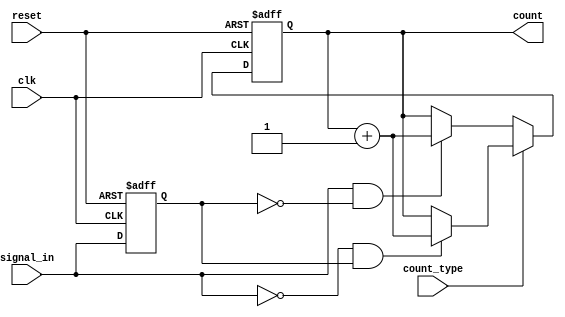
module edge_counter (
    input wire clk,                // Clock signal
    input wire reset,              // Active-high reset signal
    input wire signal_in,          // Input signal for edge counting
    input wire count_type,         // Count type: 0 for rising edges, 1 for falling edges
    output reg [31:0] count        // 32-bit output count of detected edges
);

    reg signal_in_prev;            // Register to hold the previous state of signal_in

    always @(posedge clk or posedge reset) begin
        if (reset) begin
            count <= 32'b0;        // Reset count to zero
            signal_in_prev <= 1'b0; // Initialize previous state to low
        end else begin
            // Edge detection logic
            if (count_type == 1'b0) begin // Count rising edges
                if (signal_in == 1'b1 && signal_in_prev == 1'b0) begin
                    count <= count + 1; // Increment count on rising edge
                end
            end else if (count_type == 1'b1) begin // Count falling edges
                if (signal_in == 1'b0 && signal_in_prev == 1'b1) begin
                    count <= count + 1; // Increment count on falling edge
                end
            end
            
            // Store the current state of signal_in for the next clock cycle
            signal_in_prev <= signal_in;
        end
    end

endmodule